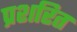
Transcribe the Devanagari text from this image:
प्रशरित